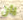
يان